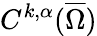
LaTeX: C^{k,\alpha}({\overline{{\Omega}}})